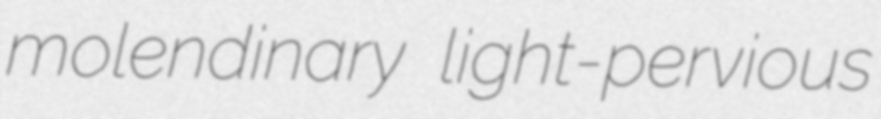
molendinary light-pervious